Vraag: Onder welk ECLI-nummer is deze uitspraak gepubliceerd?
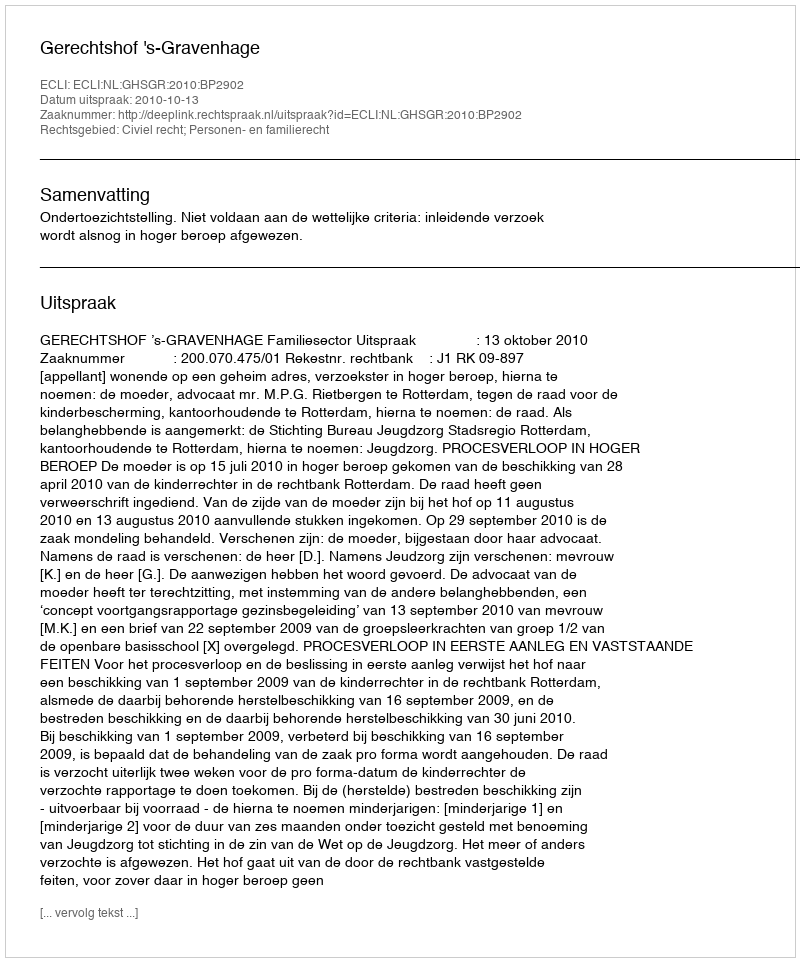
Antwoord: ECLI:NL:GHSGR:2010:BP2902